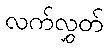
လက်လွှတ်